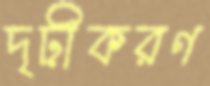
দৃঢ়ীকরণ